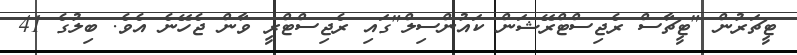
ޓީޗަރުން "ޓީޗާސް ރެޖިސްޓްރޭޝަން ކައުންސިލް"ގައި ރެޖިސްޓްރީ ވާން ޖެހޭނެ އެވެ. ބިލުގެ 41